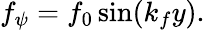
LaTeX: \begin{array}{r}{f_{\psi}=f_{0}\sin(k_{f}y).}\end{array}